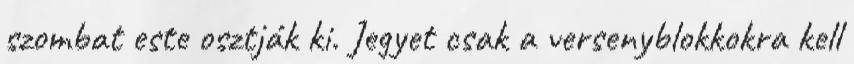
szombat este osztják ki. Jegyet csak a versenyblokkokra kell